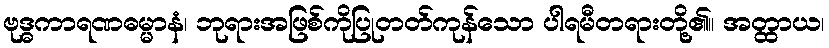
ဗုဒ္ဓကာရဏဓမ္မာနံ၊ ဘုရားအဖြစ်ကိုပြုတတ်ကုန်သော ပါရမီတရားတို့၏။ အတ္ထာယ၊